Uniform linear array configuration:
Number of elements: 24
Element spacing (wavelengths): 1
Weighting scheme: hann
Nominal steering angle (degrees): -15
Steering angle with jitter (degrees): -14.255
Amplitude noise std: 0.05
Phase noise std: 0.05

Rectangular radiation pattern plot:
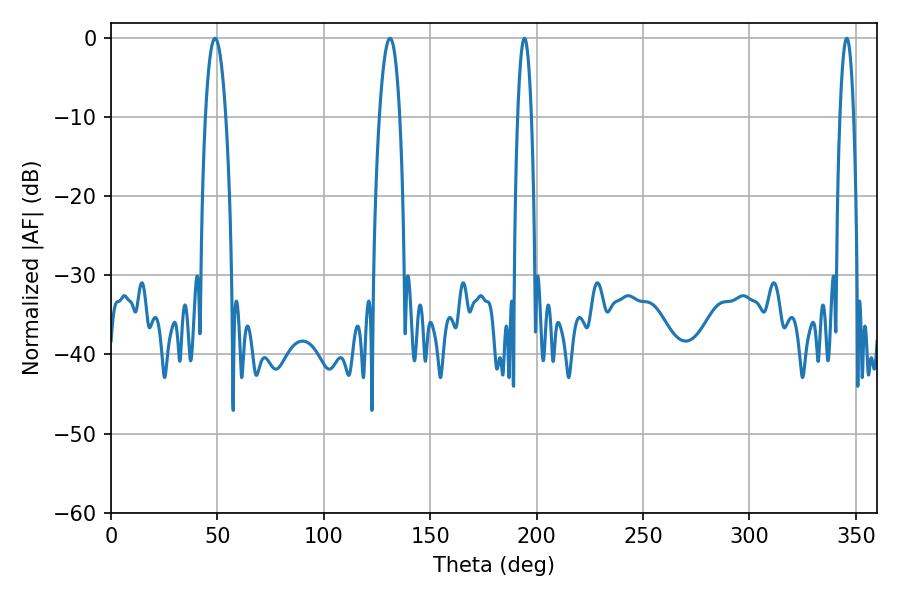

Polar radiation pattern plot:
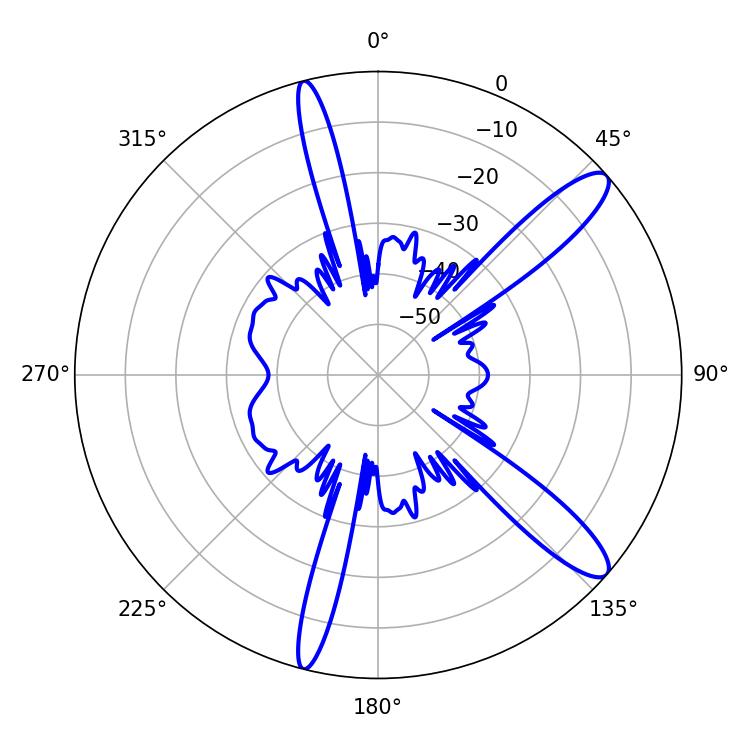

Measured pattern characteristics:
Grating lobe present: TRUE
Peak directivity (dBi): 12.327
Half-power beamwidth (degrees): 5.4
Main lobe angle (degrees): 131.04